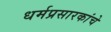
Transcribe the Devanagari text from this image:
धर्मप्रसारकांचे